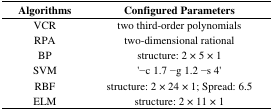
| Algorithms | Configured Parameters |
 | --- | --- |
 | VCR | two third-order polynomials |
 | RPA | two-dimensional rational |
 | BP | structure: 2 × 5 × 1 |
 | SVM | ‘−c 1.7 −g 1.2 −s 4’ |
 | RBF | structure: 2 × 24 × 1; Spread: 6.5 |
 | ELM | structure: 2 × 11 × 1 |